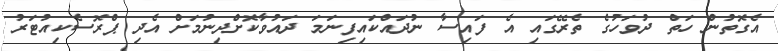
އެގޮތުން ހަތް ދުވަހުގެ ތެރޭގައި އެ ފައިސާ ނުދައްކައިފިނަމަ ދައުވާކޮށްދިނުމަށް އެދި ޕްރޮސެކިއުޓަރު